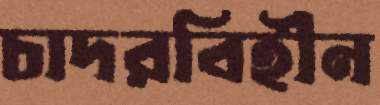
চাদরবিহীন